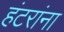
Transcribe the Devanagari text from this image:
हंटरांना